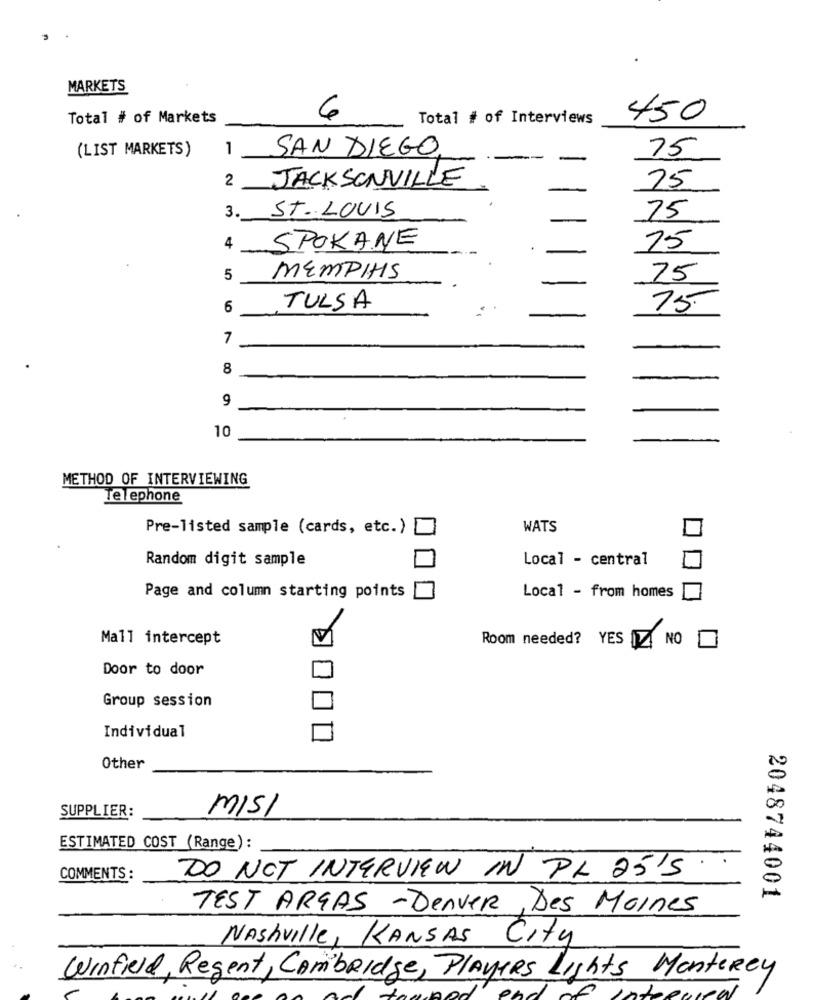
MARKETS
Total # of Markets
6
Total # of Interviews
450
(LIST MARKETS)
1
SAN DIEGO.
75
2 JACKSONVILLE
75
ST. LOUIS
3.
75
SPOKANE
4
75
5
MEMPHIS
75
6
TULSA
75
7
8
9
10
METHOD OF INTERVIEWING
Telephone
Pre-listed sample (cards, etc.)[
WATS
Random digit sample
Local - central
Page and column starting points
Local - from homes
Mall intercept
Room needed? YES
MNO
Door to door
Group session
Individual
Other
MISI
SUPPLIER:
ESTIMATED COST (Range) :
COMMENTS:
DO NOT INTERVIEW IN PL 25'5
2048744001
TEST ARGAS -Denver, Des Moines
Nashville, KANSAS City
Winfield, Regent, Cambridge, PLAYERS Lights Monterey